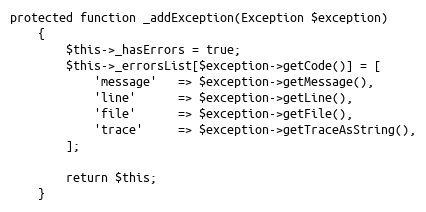
Language: PHP
protected function _addException(Exception $exception)
    {
        $this->_hasErrors = true;
        $this->_errorsList[$exception->getCode()] = [
            'message'   => $exception->getMessage(),
            'line'      => $exception->getLine(),
            'file'      => $exception->getFile(),
            'trace'     => $exception->getTraceAsString(),
        ];

        return $this;
    }